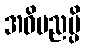
အဓိပညမ္ပိ